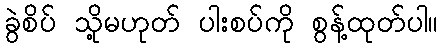
ခွဲစိပ် သို့မဟုတ် ပါးစပ်ကို စွန့်ထုတ်ပါ။